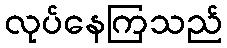
လုပ်နေကြသည်